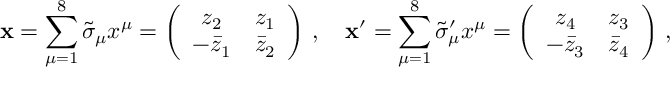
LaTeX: \mathbf { x } = \sum _ { \mu = 1 } ^ { 8 } \tilde { \sigma } _ { \mu } x ^ { \mu } = \left( \begin{array} { c c } { { z _ { 2 } } } & { { z _ { 1 } } } \\ { { - \bar { z } _ { 1 } } } & { { \bar { z } _ { 2 } } } \end{array} \right) \, , \quad \mathbf { x } ^ { \prime } = \sum _ { \mu = 1 } ^ { 8 } \tilde { \sigma } _ { \mu } ^ { \prime } x ^ { \mu } = \left( \begin{array} { c c } { { z _ { 4 } } } & { { z _ { 3 } } } \\ { { - \bar { z } _ { 3 } } } & { { \bar { z } _ { 4 } } } \end{array} \right) \, ,